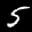
Label: 5